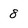
Character: 8